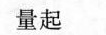
量起